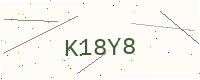
Text: K18Y8